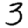
Digit: 3